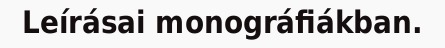
Leírásai monográfiákban.